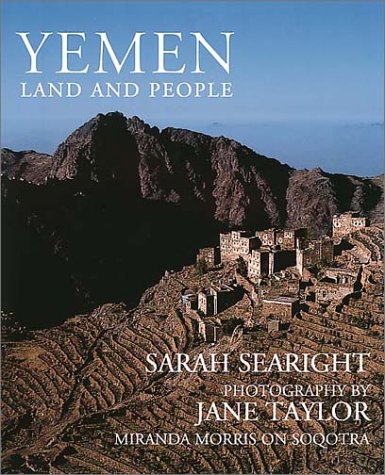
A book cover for Yemen: Land and People; Sarah Searight; History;